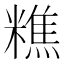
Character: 𥼚